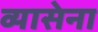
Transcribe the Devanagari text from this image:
व्यासेना